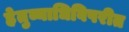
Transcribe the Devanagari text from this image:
हेतुव्याधिविपरीत